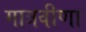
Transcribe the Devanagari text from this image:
गात्रवीणा